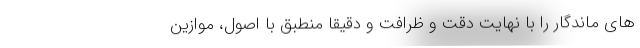
های ماندگار را با نهایت دقت و ظرافت و دقیقاً منطبق با اصول، موازین